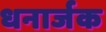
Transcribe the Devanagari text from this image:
धनार्जक